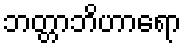
ဘတ္တာဘိဟာရော